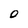
Character: O